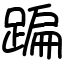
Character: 蹁